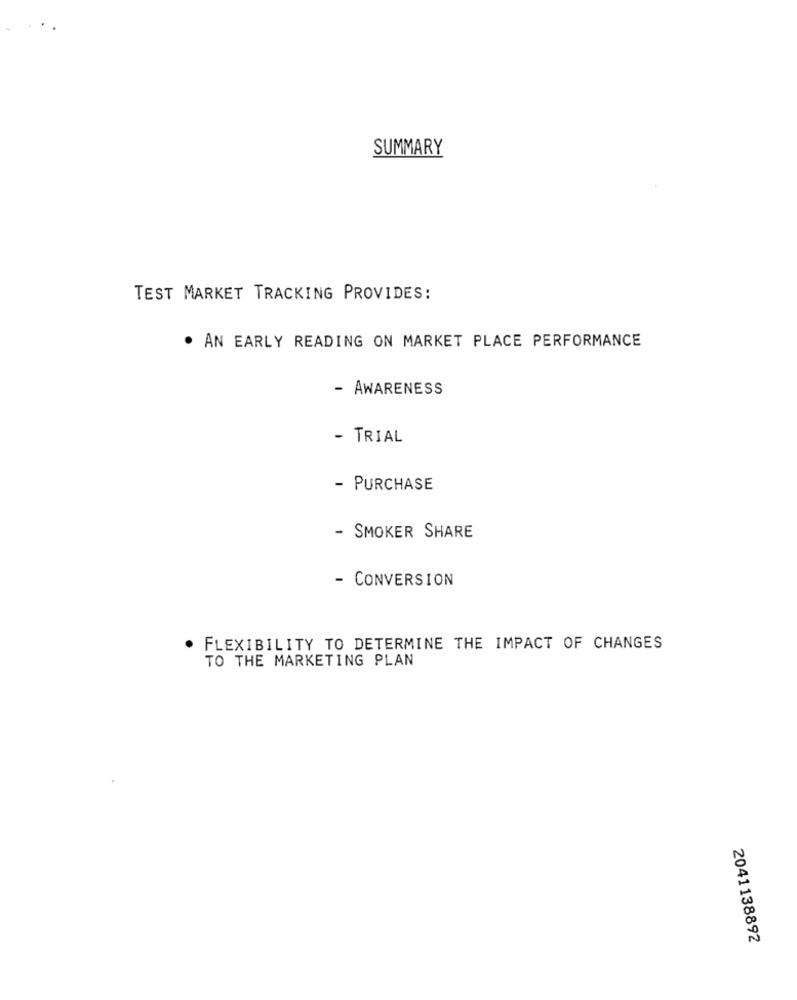
SUMMARY
TEST MARKET TRACKING PROVIDES:
. AN EARLY READING ON MARKET PLACE PERFORMANCE
- AWARENESS
- TRIAL
- PURCHASE
- SMOKER SHARE
- CONVERSION
FLEXIBILITY TO DETERMINE THE IMPACT OF CHANGES
TO THE MARKETING PLAN
2041138892